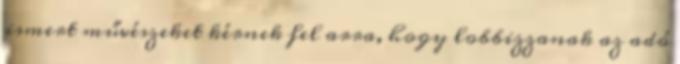
ismert művészeket kérnek fel arra, hogy lobbizzanak az adó